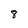
Character: 8